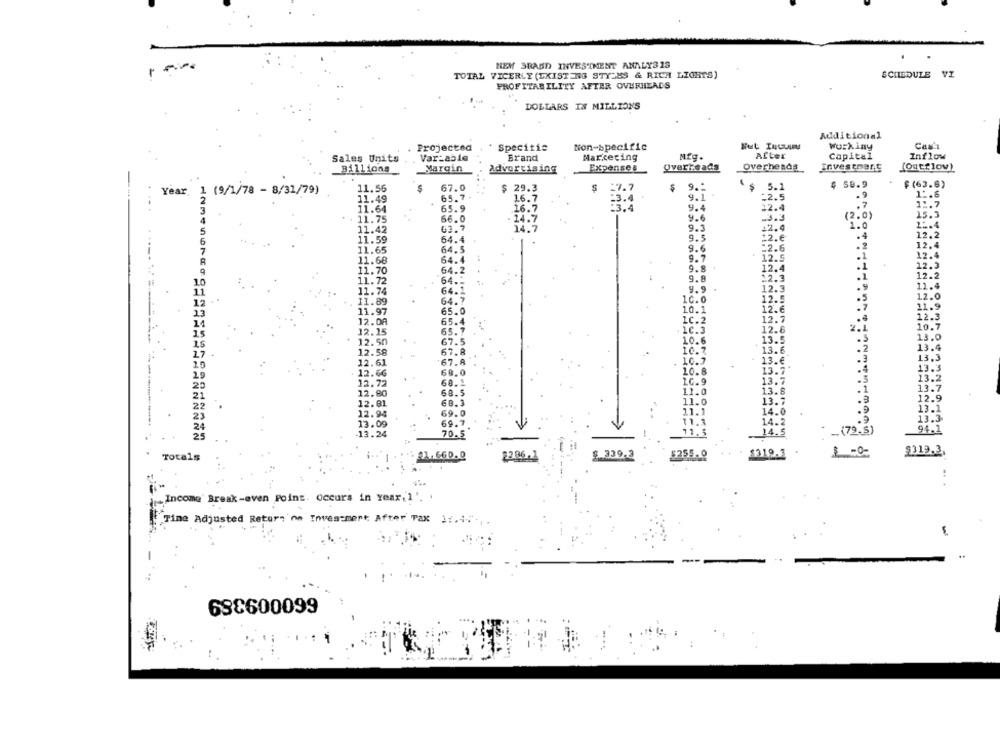
NEM SRASD INVESTMENT ANALYSIS
TOTAL VICERLY (EXISTING STYLES & RICH LIGHTS)
SCHEDULE
VZ
PROFITABILITY AFTER OVERHEADS
DOLLARS IN MILLIONS
Additional
Projected
Specitis
Non-specific
Wurkiny
Cas'ı
Sales Units
Var_able
Brand
Marketing
Mfg.
After
Capital
Inflow
Overreads
Billions
Margin
Advertising
Expenses
overheads
investment
(outflow)
$
67.0
$ 29.3
$
27.7
$
9 .-
$ 5.1
4 58.9
$ (63.6)
Year. 1 (9/1/78 - 8/31/79)
11.56
65.7
-2.5
.9
11.6
11.49
16.7
-3.4
9.1
11.64
65.9
16.7
.3.4
9.4
12.4
.7
11.7
66.0
14.7
9.6
.3.3
(2.0)
15.3
11.75
1.0
1: 4
11.42
63.7
9.3
12.4
11.59
64.4
9.5
12.€
.4
12.2
64.5
:2.6
.2
12.4
11.65
9.6
12.4
11.68
64.4
9.7
12.5
11.70
64.2
9.8
12.4
12.3
9.8
12.3
.1
12.2
11.72
64.ª
11.4
11.74
64.1
9.9
12.3
. 9
64.5
10.0
12.5
12.0
11.89
11.9
13
11.97
65.0
10.1
12.6
12.3
11
12.08
65.4
1C.2
12.7
12.15
65.7
C.3
12.6
2.
10.7
15
13.0
1.5
12.50
67.5
10.6
13.5
13.4
12.58
67.8
10.7
13.6
17
67.8
10.7
13.€
.3
13.3
20
12.61
13.3
29
12.66
68.0
10.8
13.7
12.72
68.1
LC.9
13.7
.5
13.2
20
68.5
11.0
13.8
.1
13.7
21
12.80
12.9
22
12.81
68.3
11.0
13.7
12.94
69.0
11.1
14.0
.9
13.
23
11.
13.
24
13.09
69.7
14.2
25
-13.24
70.5
11.5
14.5
(79.5)
94.1
Totals
: 21.660.0
2286,1
$ 339.3
8255.º
1319.3
-
9319.3.
Income' Break -even Point. Occurs in Year, 1'. .
Tine Adjusted Return on Investment After Tax 1 :. 4
638600099